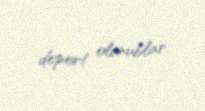
deport olunublar.